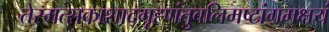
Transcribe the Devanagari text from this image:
तेस्मत्सकाशाद्गृह्णंतुबलिमष्टांगमक्षयं